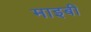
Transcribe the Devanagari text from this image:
माइबी